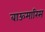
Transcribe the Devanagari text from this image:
बाऊमारिस